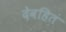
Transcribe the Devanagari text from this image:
देवहितं